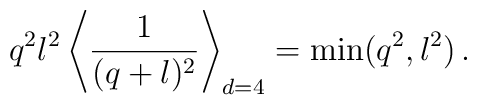
q^2l^2\left\langle{1\over(q+l)^2}\right\rangle_{d=4}=\min(q^2,l^2)\,.